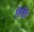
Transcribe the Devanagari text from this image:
रिधि